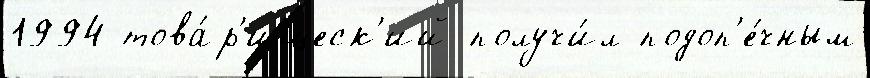
1994 това́р'ищеск'ий получи́л подоп'е́чным